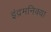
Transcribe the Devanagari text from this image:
इंद्रमनिक्या